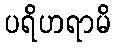
ပရိဟရာမိ